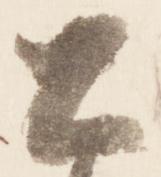
公